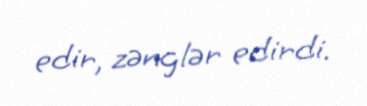
edir, zənglər edirdi.